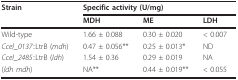
<table><thead><tr><td><b>Strain</b></td><td colspan="3"><b>Specific activity (U/mg)</b></td></tr><tr><td></td><td><b>MDH</b></td><td><b>ME</b></td><td><b>LDH</b></td></tr></thead><tbody><tr><td>Wild-type</td><td>1.66 ± 0.088</td><td>0.30 ± 0.020</td><td>&lt; 0.007</td></tr><tr><td><i>Ccel_0137</i>::LtrB (<i>mdh</i>)</td><td>0.47 ± 0.056**</td><td>0.25 ± 0.013*</td><td>ND</td></tr><tr><td><i>Ccel_2485</i>::LtrB (<i>ldh</i>)</td><td>1.54 ± 0.36</td><td>0.29 ± 0.019</td><td>NA</td></tr><tr><td>(<i>ldh mdh</i>)</td><td>NA**</td><td>0.44 ± 0.019**</td><td>&lt; 0.055</td></tr></tbody></table>